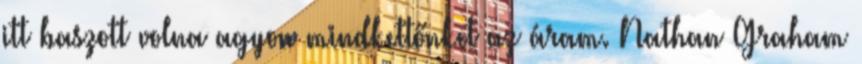
itt baszott volna agyon mindkettőnket az áram. Nathan Graham